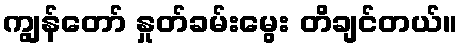
ကျွန်တော် နှုတ်ခမ်းမွေး တိချင်တယ်။